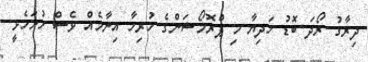
ދިރާގު ރޯދަ ބޮޑު ހަދިޔާ މި ޕްރޮމޯޝަންގެ ހުރިހާ އިނާމެއް ވެސް ހުށަހެޅީ